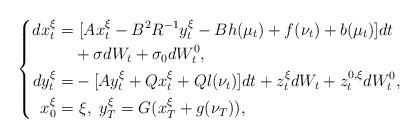
LaTeX: \begin{align*}\left\{\begin{aligned}dx_t^{\xi}=&~[Ax_t^{\xi}-B^2R^{-1}y_t^{\xi}-Bh(\mu_t)+f(\nu_t)+b(\mu_t)]dt\\&+\sigma dW_t+\sigma_0dW^0_t,\\dy_t^{\xi}=&-[Ay_t^{\xi}+Qx_t^{\xi}+Ql(\nu_t)]dt+z_t^{\xi}dW_t+z^{0,\xi}_tdW^0_t,\\x_0^{\xi}=&~\xi,~y_T^{\xi}=G(x_T^\xi+g(\nu_T)),\end{aligned}\right.\end{align*}